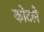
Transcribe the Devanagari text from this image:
कोटले